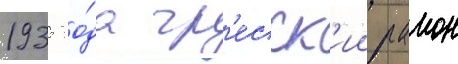
1935 го́да гр'есск'ии раион